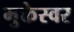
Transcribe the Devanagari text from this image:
मुक्तेस्वर